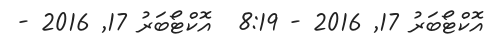
އޮކްޓޯބަރު 17